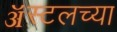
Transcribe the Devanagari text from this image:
ॲस्टलच्या